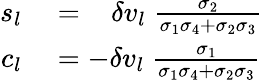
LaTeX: \begin{array}{rl}{s_{l}}&{{}=\; \; \; \delta v_{l}\; \frac{\sigma_{2}}{\sigma_{1}\sigma_{4}+\sigma_{2}\sigma_{3}}}\\ {c_{l}}&{{}=-\delta v_{l}\; \frac{\sigma_{1}}{\sigma_{1}\sigma_{4}+\sigma_{2}\sigma_{3}}}\end{array}